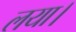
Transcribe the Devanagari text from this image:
लया।